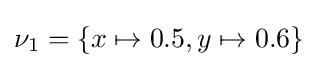
\nu _{1}=\{x\mapsto 0.5,y\mapsto 0.6\}